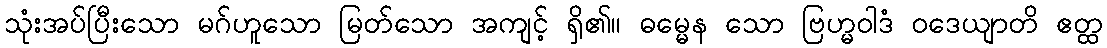
သုံးအပ်ပြီးသော မဂ်ဟူသော မြတ်သော အကျင့် ရှိ၏။ ဓမ္မေန သော ဗြဟ္မဝါဒံ ဝဒေယျာတိ ဧတ္ထ